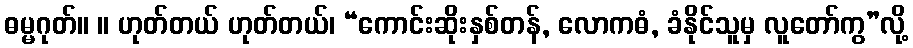
ဓမ္မဂုတ်။ ။ ဟုတ်တယ် ဟုတ်တယ်၊ “ကောင်းဆိုးနှစ်တန်, လောကဓံ, ခံနိုင်သူမှ လူတော်ကွ”လို့